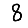
Digit: 8